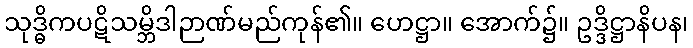
သုဒ္ဓိကပဋိသမ္ဘိဒါဉာဏ်မည်ကုန်၏။ ဟေဋ္ဌာ။ အောက်၌။ ဥဒ္ဒိဋ္ဌာနိပန၊